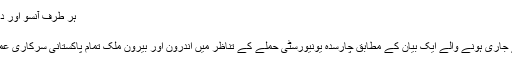
ہر طرف آنسو اور دعائیں | تمام میڈیا مواد | DW | 21.01.2016
ہر طرف آنسو اور دعائیں
اسلام آباد میں پاکستانی وزیراعظم کے دفتر سے جاری ہونے والے ایک بیان کے مطابق چارسدہ یونیورسٹی حملے کے تناظر میں اندرون اور بیرون ملک تمام پاکستانی سرکاری عمارتوں کے پرچم آج سرنگوں رکھے جائیں گے۔